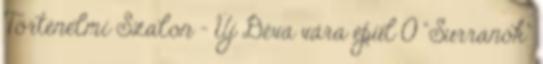
Történelmi Szalon – Új Déva vára épül 0 “Surranók”